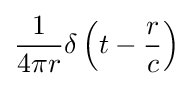
{\frac {1}{4\pi r}}\delta \left(t-{\frac {r}{c}}\right)